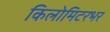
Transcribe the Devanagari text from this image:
किलोमिटरभर